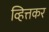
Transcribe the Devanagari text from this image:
व्हित्तकर